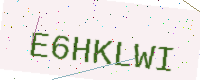
Text: E6HKLWI